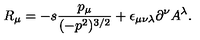
R _ { \mu } = - s \frac { p _ { \mu } } { ( - p ^ { 2 } ) ^ { 3 / 2 } } + \epsilon _ { \mu \nu \lambda } \partial ^ { \nu } A ^ { \lambda } .